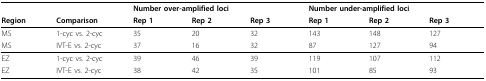
<table><thead><tr><td></td><td></td><td colspan="3"><b>Number over-amplified loci</b></td><td colspan="3"><b>Number under-amplified loci</b></td></tr><tr><td><b>Region</b></td><td><b>Comparison</b></td><td><b>Rep 1</b></td><td><b>Rep 2</b></td><td><b>Rep 3</b></td><td><b>Rep 1</b></td><td><b>Rep 2</b></td><td><b>Rep 3</b></td></tr></thead><tbody><tr><td>MS</td><td>1-cyc vs. 2-cyc</td><td>35</td><td>20</td><td>32</td><td>143</td><td>148</td><td>127</td></tr><tr><td>MS</td><td>IVT-E vs. 2-cyc</td><td>37</td><td>16</td><td>32</td><td>87</td><td>127</td><td>94</td></tr><tr><td>EZ</td><td>1-cyc vs. 2-cyc</td><td>39</td><td>46</td><td>39</td><td>119</td><td>107</td><td>112</td></tr><tr><td>EZ</td><td>IVT-E vs. 2-cyc</td><td>38</td><td>42</td><td>35</td><td>101</td><td>85</td><td>93</td></tr></tbody></table>